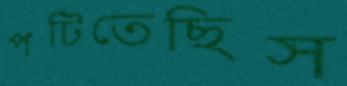
পটিতেছিস